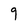
Character: 9